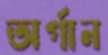
অর্গান